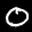
Label: 0